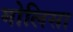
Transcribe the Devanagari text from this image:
मोलिसा